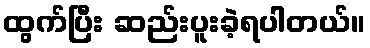
ထွက်ပြီး ဆည်းပူးခဲ့ရပါတယ်။